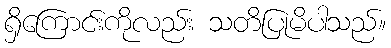
ရှိကြောင်းကိုလည်း သတိပြုမိပါသည်။